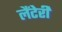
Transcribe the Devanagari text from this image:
लैंटेरी